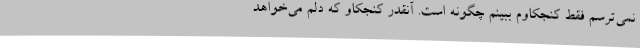
نمی‌ترسم فقط کنجکاوم ببینم چگونه است. آنقدر کنجکاو که دلم می‌خواهد